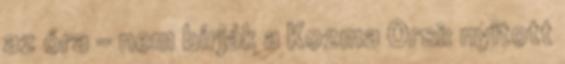
az óra - nem bírják a Kozma Orsi: nyitott